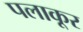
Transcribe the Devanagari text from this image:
पलाकूर